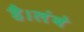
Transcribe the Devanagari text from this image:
है।लंबे